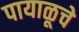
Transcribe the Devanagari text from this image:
पायाळूचे